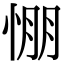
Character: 㥊